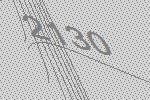
2130